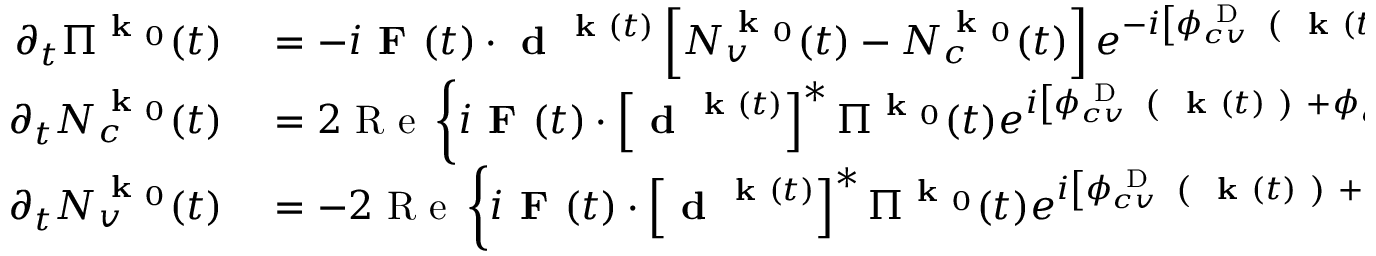
\begin{array} { r l } { \partial _ { t } \Pi ^ { \textbf { k } _ { 0 } } ( t ) } & { { } = - i \textbf { F } ( t ) \cdot \textbf { d } ^ { \textbf { k } ( t ) } \left[ N _ { v } ^ { \textbf { k } _ { 0 } } ( t ) - N _ { c } ^ { \textbf { k } _ { 0 } } ( t ) \right] e ^ { - i \left[ \phi _ { c v } ^ { \mathrm { ~ D ~ } } \textbf { ( } \textbf { k } ( t ) \textbf { ) } + \phi _ { c v } ^ { \mathrm { ~ B ~ } } \textbf { ( } \textbf { k } ( t ) \textbf { ) } \right] } , } \\ { \partial _ { t } N _ { c } ^ { \textbf { k } _ { 0 } } ( t ) } & { { } = 2 \mathrm { ~ R ~ e ~ } \left\{ i \textbf { F } ( t ) \cdot \left[ \textbf { d } ^ { \textbf { k } ( t ) } \right] ^ { * } \Pi ^ { \textbf { k } _ { 0 } } ( t ) e ^ { i \left[ \phi _ { c v } ^ { \mathrm { ~ D ~ } } \textbf { ( } \textbf { k } ( t ) \textbf { ) } + \phi _ { c v } ^ { \mathrm { ~ B ~ } } \textbf { ( } \textbf { k } ( t ) \textbf { ) } \right] } \right\} , } \\ { \partial _ { t } N _ { v } ^ { \textbf { k } _ { 0 } } ( t ) } & { { } = - 2 \mathrm { ~ R ~ e ~ } \left\{ i \textbf { F } ( t ) \cdot \left[ \textbf { d } ^ { \textbf { k } ( t ) } \right] ^ { * } \Pi ^ { \textbf { k } _ { 0 } } ( t ) e ^ { i \left[ \phi _ { c v } ^ { \mathrm { ~ D ~ } } \textbf { ( } \textbf { k } ( t ) \textbf { ) } + \phi _ { c v } ^ { \mathrm { ~ B ~ } } \textbf { ( } \textbf { k } ( t ) \textbf { ) } \right] } \right\} , } \end{array}